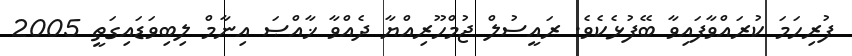
ފުރިހަމަ ކުރައްވާފައިވާ ބޭފުޅެކެވެ. ރައީސުލް ޖުމްހޫރިއްޔާ ދެއްވާ ޚާއްޞަ އިނާމް ލިބިވަޑައިގަތީ 2005